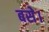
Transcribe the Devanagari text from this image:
बसेे।